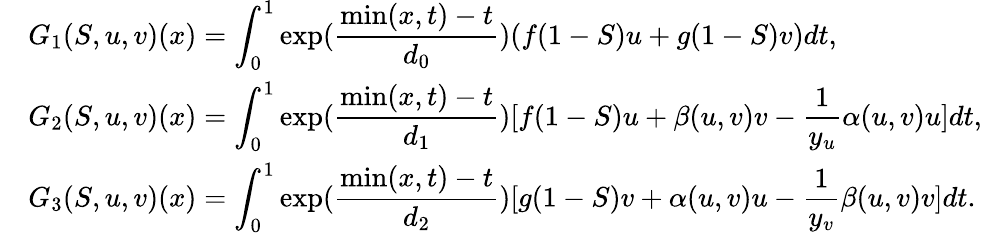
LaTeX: \begin{array}{llll}&{G_{1}(S,u,v)(x)=\displaystyle\int_{0}^{1}\exp(\frac{\operatorname*{min}(x,t)-t}{d_{0}})(f(1-S)u+g(1-S)v)dt,}\\ &{G_{2}(S,u,v)(x)=\displaystyle\int_{0}^{1}\exp(\frac{\operatorname*{min}(x,t)-t}{d_{1}})[f(1-S)u+\beta(u,v)v-\frac{1}{y_{u}}\alpha(u,v)u]dt,}\\ &{G_{3}(S,u,v)(x)=\displaystyle\int_{0}^{1}\exp(\frac{\operatorname*{min}(x,t)-t}{d_{2}})[g(1-S)v+\alpha(u,v)u-\frac{1}{y_{v}}\beta(u,v)v]dt.}\end{array}